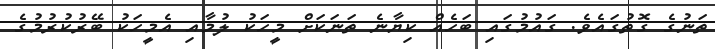
ތަނުގެ ގޮތުގައެވެ. ގައުމުގައި ބަހެއް ކިޔާނެ ތަނަކަށް މީހަކު ލުމާއި އެމީހަކު ބޭރުކުރުމުގެ